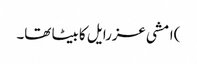
)امشی عزرایل کا بیٹا تھا۔